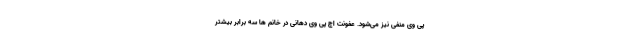
پی وی منفی نیز می­شود. عفونت اچ پی وی دهانی در خانم ها سه برابر بیشتر